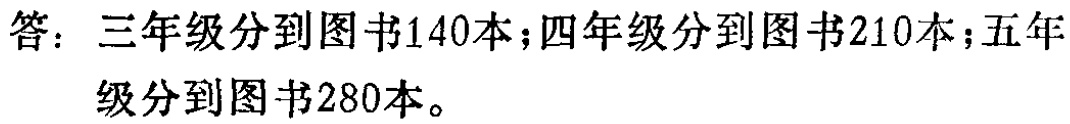
答：三年级分到图书140本；四年级分到图书210本；五年级分到图书280本。